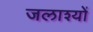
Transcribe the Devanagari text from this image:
जलाश्यों